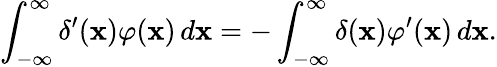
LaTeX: \int_{-\infty}^{\infty}\delta^{\prime}(\mathbf{x})\varphi(\mathbf{x})\, d\mathbf{x}=-\int_{-\infty}^{\infty}\delta(\mathbf{x})\varphi^{\prime}(\mathbf{x})\, d\mathbf{x}.